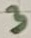
Text: 3